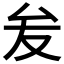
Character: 𭆙